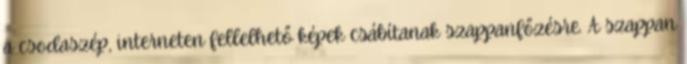
a csodaszép, interneten fellelhető képek csábítanak szappanfőzésre. A szappan